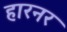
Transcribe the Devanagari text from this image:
हारनर